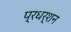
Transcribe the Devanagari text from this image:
प्रधर्शन